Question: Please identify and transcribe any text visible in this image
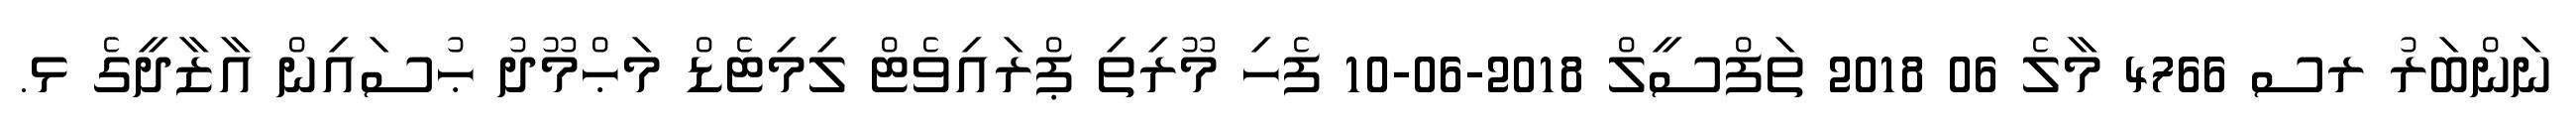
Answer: ނަންބަރު ރސ 4766 މާލެ 06 2018 ތަފްސީލް 2018-06-10 ފެހި މޫރިތި ޕްރައިވެޓް ލިމިޓެޑް މަޙްމޫދު ޙުސައިން އާޒާދީގެ ޅ.